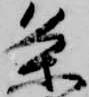
条